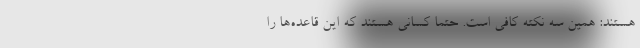
هستند: همین سه نکته کافی است. حتماً کسانی هستند که این قاعده‌ها را